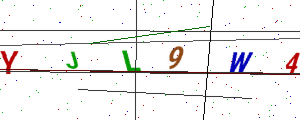
Text: YJL9W4